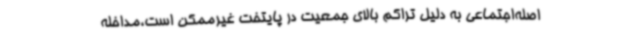
اصله‌اجتماعی به دلیل تراکم بالای جمعیت در پایتخت غیرممکن است،مداخله